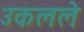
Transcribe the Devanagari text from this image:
उकलले